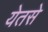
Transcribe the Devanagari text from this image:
येतसे